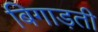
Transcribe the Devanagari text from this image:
बिगाड़ती